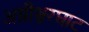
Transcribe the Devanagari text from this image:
अग्नीश्वरघाट